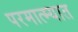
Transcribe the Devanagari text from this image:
परमात्म्यात